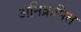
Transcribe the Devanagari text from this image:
अनिक्रमित